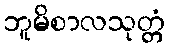
ဘူမိစာလသုတ္တံ